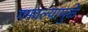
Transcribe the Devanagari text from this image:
गमवल्यामुळे